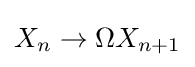
X_{n}\to \Omega X_{n+1}